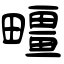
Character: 疅